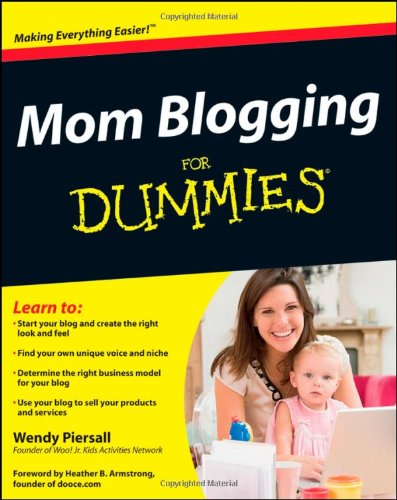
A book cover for Mom Blogging For Dummies; Wendy Piersall; Computers & Technology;